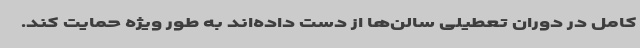
کامل در دوران تعطیلی سالن‌ها از دست داده‌اند به طور ویژه حمایت کند.